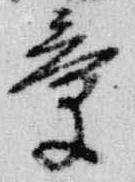
章